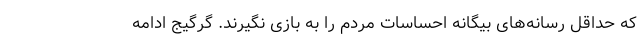
که حداقل رسانه‌های بیگانه احساسات مردم را به بازی نگیرند. گرگیج ادامه